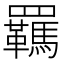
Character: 羈